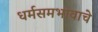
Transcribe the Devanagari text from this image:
धर्मसमभावाचे